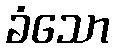
ခံသော